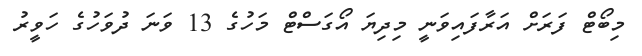
މިބޯޓް ފަރަށް އަރާފައިވަނީ މިދިޔަ އޯގަސްޓް މަހުގެ 13 ވަނަ ދުވަހުގެ ހަވީރު